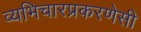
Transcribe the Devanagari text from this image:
व्यभिचारप्रकरणेसी